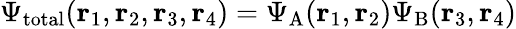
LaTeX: \Psi_{\mathrm{total}}(\mathbf{r}_{1},\mathbf{r}_{2},\mathbf{r}_{3},\mathbf{r}_{4})=\Psi_{\mathrm{A}}(\mathbf{r}_{1},\mathbf{r}_{2})\Psi_{\mathrm{B}}(\mathbf{r}_{3},\mathbf{r}_{4})